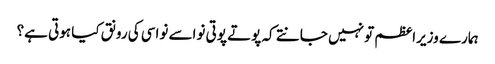
ہمارے وزیراعظم تو نہیں جانتے کہ پوتے پوتی نواسے نواسی کی رونق کیا ہوتی ہے؟